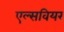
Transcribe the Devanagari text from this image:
एल्सवियर